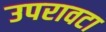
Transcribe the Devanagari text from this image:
उपरावटा